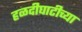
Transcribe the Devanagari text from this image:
हळदीघाटीच्या